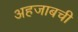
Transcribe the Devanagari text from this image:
अहजाबची